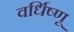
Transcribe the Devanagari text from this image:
वर्धिष्णू